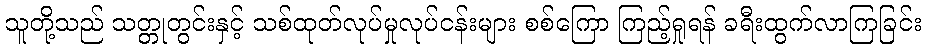
သူတို့သည် သတ္တုတွင်းနှင့် သစ်ထုတ်လုပ်မှုလုပ်ငန်းများ စစ်ကြော ကြည့်ရှုရန် ခရီးထွက်လာကြခြင်း